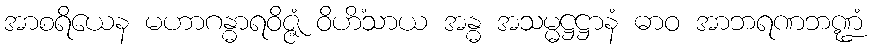
အာစရိယေန မဟာဂန္ဓာရဝိဇ္ဇံ ဝိဟိံသာယ အန္ဓ အသမ္မဋ္ဌဋ္ဌာနံ ဓာဝ အာဘရဏဘဏ္ဍံ